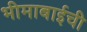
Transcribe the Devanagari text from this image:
भीमाबाईची